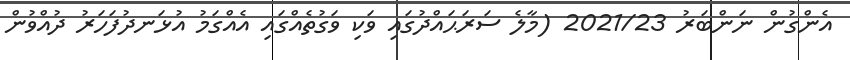
އެންގުން ނަންބަރު 2021/23 (މާލެ ސަރަޙައްދުގައި ވަކި ވަގުތެއްގައި އެއްގަމު އުޅަނދުފަހަރު ދުއްވުން